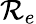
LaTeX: \mathcal{R}_{e}